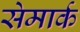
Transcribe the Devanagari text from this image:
सेमार्क